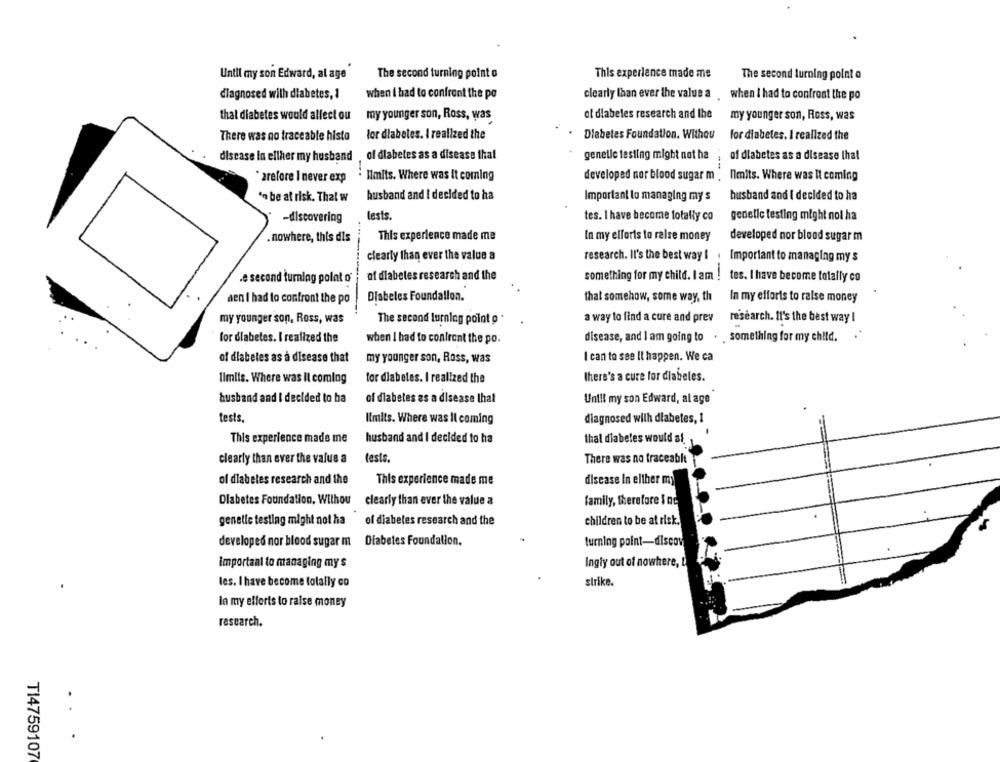
Until my son Edward, al age
The second turning point o
This experience made me
The second turning point a
diagnosed with diabetes, 1
when i had to confront the po
clearly than ever the value a . when I had to confront the po
that diabetes would allect ou
my younger son, Ross, was
of diabetes research and the
my younger son, Ross, was
There was no traceable histo
for diabetes. I realized the
Diabetes Foundation. Withou
for diabetes. I realized the
disease In either my husband
of diabetes as a disease that
genelle testing might not ha
of diabetes as a disease Ihal
Ilmits. Where was it coming
developed nor blood sugar m . Ilmits. Where was It coming
* arefore I never exp
'n be at risk. That w
husband and I decided to ha
Important lo managing my s
husband and i decided to ha
-discovering
lests.
tes. I have become totally co
genetic testing might not ha
This experience made me
In my elforis to raise money
developed nor blood sugar m
. nowhere, this dis
clearly than ever the value a
research. Il's the best way I
Important to managing my s
.e second turnlag polat o
of diabetes research and the
something for my child. I am !
tes. I have become totally co
Dlabeles Foundallon.
that somehow, some way, th
den I had to confront the po
In my efforts to raise money
my younger son, Ross, was
The second turning point o .
a way to find a cure and prev
research. It's the best way I
-
for diabetes. I realized the
when I had to confront the po.
disease, and I am going to
something for my child.
of diabetes as a disease that
my younger son, Ross, was
I can to see Il happen. We ca
Ilmiis. Where was Il coming
for diabetes. I realized the
there's a cure for diabeles.
husband and I decided to ha
of diabetes as a disease that
Until my son Edward, al age
tests.
diagnosed with diabetes, 1
Ilmits. Where was Il coming
This experience made me
husband and I decided to ha
thal diabetes would al.
clearly than ever the value a
tests.
There was no traceablt
of diabetes research and the
disease in either my
This experience made me
Diabetes Foundation, Withou clearly than ever the value a
family, therefore i ne
genetic testing might not ha
of diabetes research and the
children to be at risk.
Diabetes Foundation.
developed nor blood sugar m
turning point-discov
important to managing my s
Ingly out of nowhere, L
les. I have become tolally co
strike.
la my efforts to raise money
research.
TI4759107